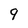
Character: 9